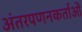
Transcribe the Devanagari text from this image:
अंतरपणनकर्ताओं